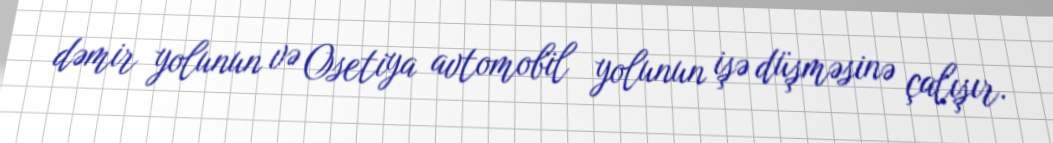
dəmir yolunun və Osetiya avtomobil yolunun işə düşməsinə çalışır.